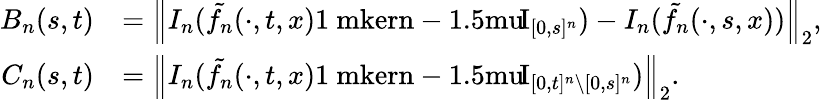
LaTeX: \begin{array}{rl}{B_{n}(s,t)}&{=\left\Vert I_{n}(\tilde{f_{n}}(\cdot,t,x){\mathrm{1\ mkern-1.5mu}\! \mathrm{I}}_{[0,s]^{n}})-I_{n}(\tilde{f_{n}}(\cdot,s,x))\right\Vert_{2},}\\ {C_{n}(s,t)}&{=\left\Vert I_{n}(\tilde{f_{n}}(\cdot,t,x){\mathrm{1\ mkern-1.5mu}\! \mathrm{I}}_{[0,t]^{n}\setminus[0,s]^{n}})\right\Vert_{2}.}\end{array}